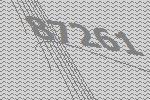
87261